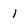
Character: 1